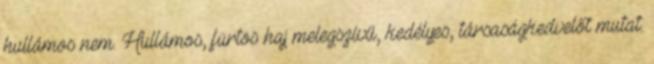
hullámos nem. Hullámos, fürtös haj melegszívű, kedélyes, társaságkedvelőt mutat.